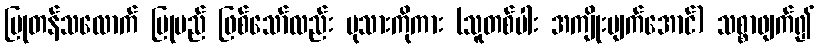
ပြုတန်သလောက် ပြုမည် ဖြစ်သော်လည်း မုသားကိုကား (သူတစ်ပါး အကျိုးပျက်အောင်) သစ္စာဖျက်၍